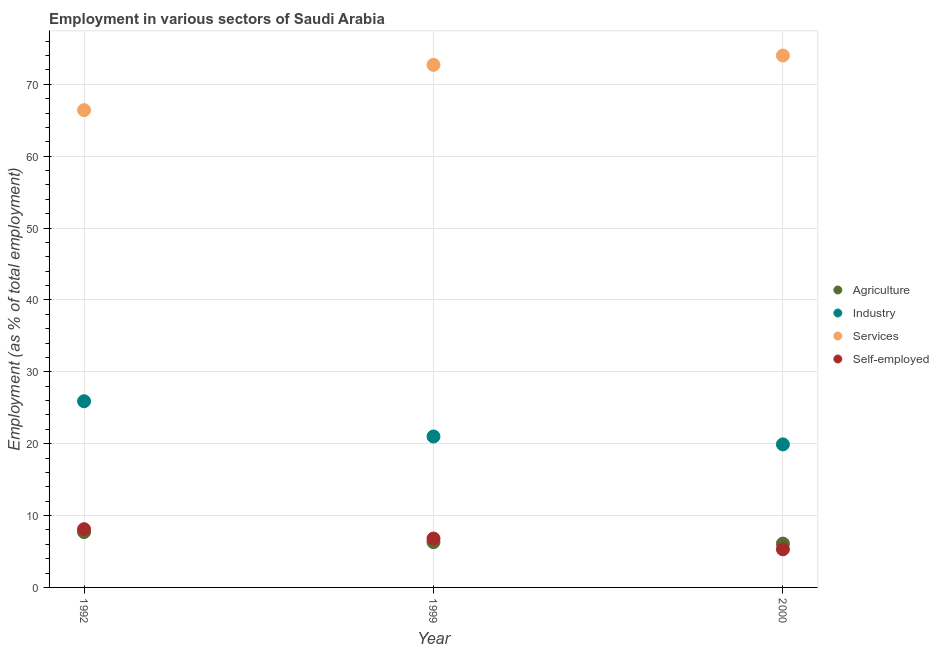
| Year | Agriculture | Industry | Services | Self-employed |
 | --- | --- | --- | --- | --- |
 | 1992 | 7.7 | 25.9 | 66.4 | 8.1 |
 | 1999 | 6.3 | 21 | 72.7 | 6.8 |
 | 2000 | 6.1 | 19.9 | 74 | 5.3 |